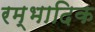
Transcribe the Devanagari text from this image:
रम्‍भादिक